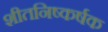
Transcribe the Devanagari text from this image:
शीतनिष्कर्षक